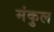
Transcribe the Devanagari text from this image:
मंकुल